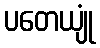
ပတေယျုံ